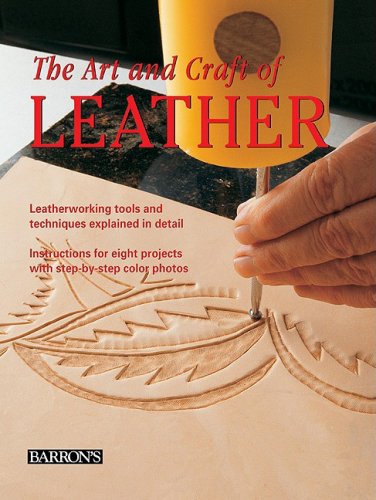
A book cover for The Art and Craft of Leather: Leatherworking tools and techniques explained in detail; Maria Teresa Llado i Riba; Crafts, Hobbies & Home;